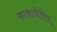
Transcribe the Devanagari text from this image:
काबायेरोस